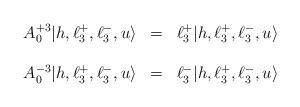
LaTeX: \begin{align*}\begin{array}{lll}A^{+3}_{0}|h,\ell^{+}_{3},\ell^{-}_{3},u \rangle & = & \ell^{+}_{3} |h,\ell^{+}_{3},\ell^{-}_{3},u \rangle \\ \ & \ \\A^{-3}_{0}|h,\ell^{+}_{3},\ell^{-}_{3},u \rangle & = & \ell^{-}_{3} |h,\ell^{+}_{3},\ell^{-}_{3},u \rangle\end{array}\end{align*}